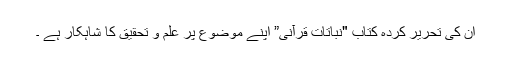
ان کی تحریر کردہ کتاب "نباتات قرآنی” اپنے موضوع پر علم و تحقیق کا شاہکار ہے ۔